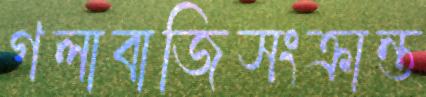
গলাবাজিসংক্রান্ত